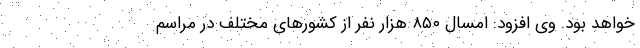
خواهد بود. وی افزود: امسال ۸۵۰ هزار نفر از کشورهای مختلف در مراسم